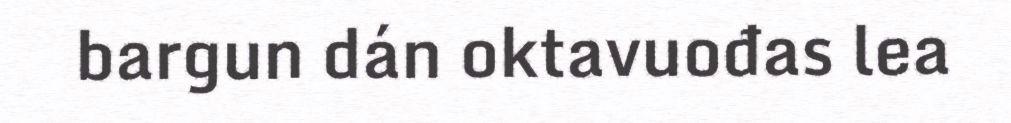
bargun dán oktavuođas lea